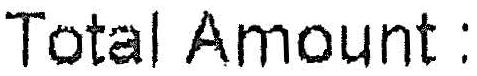
TOTAL AMOUNT :